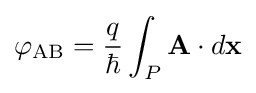
\varphi _{\rm {AB}}={\frac {q}{\hbar }}\int _{P}\mathbf {A} \cdot d\mathbf {x}